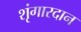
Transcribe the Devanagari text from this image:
शृंगारदान